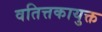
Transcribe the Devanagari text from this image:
वतित्तकायुक्त